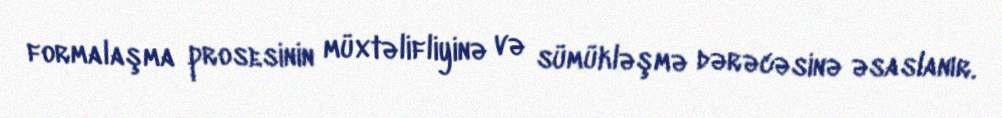
formalaşma prosesinin müxtəlifliyinə və sümükləşmə dərəcəsinə əsaslanır.